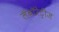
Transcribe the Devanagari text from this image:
लॅबॉरेट्रीज